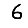
Digit: 6